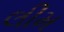
લીમ